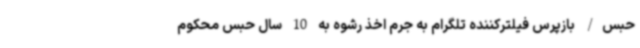
حبس/ بازپرس فیلترکننده تلگرام به جرم اخذ رشوه به 10 سال حبس محکوم